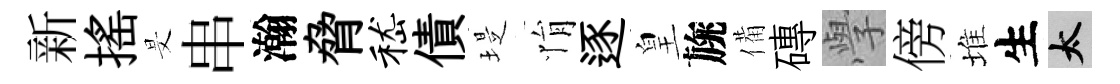
新揺旻串瀚脅嵇債堤悁逐皇旐備磚𭓕傍堆生太